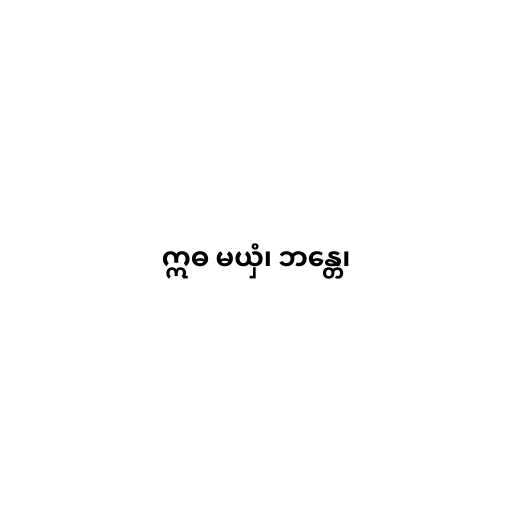
ဣဓ မယှံ၊ ဘန္တေ၊